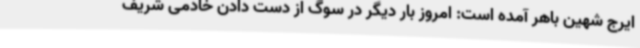
ایرج شهین باهر آمده است: امروز بار دیگر در سوگ از دست دادن خادمی شریف